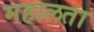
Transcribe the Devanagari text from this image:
महालता